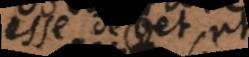
esse debet, ut